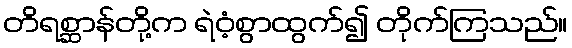
တိရစ္ဆာန်တို့က ရဲဝံ့စွာထွက်၍ တိုက်ကြသည်။